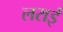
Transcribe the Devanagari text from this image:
लराई